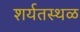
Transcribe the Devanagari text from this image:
शर्यतस्थळ